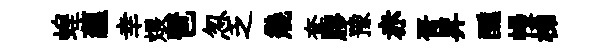
蝗蘊幸煨琶忽乏幾套膠豫赤胥昇醺幔梯